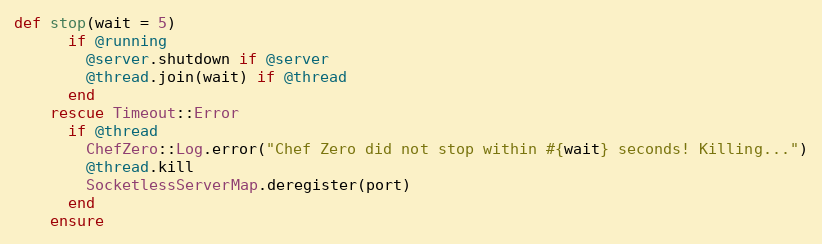
Language: Ruby
def stop(wait = 5)
      if @running
        @server.shutdown if @server
        @thread.join(wait) if @thread
      end
    rescue Timeout::Error
      if @thread
        ChefZero::Log.error("Chef Zero did not stop within #{wait} seconds! Killing...")
        @thread.kill
        SocketlessServerMap.deregister(port)
      end
    ensure